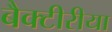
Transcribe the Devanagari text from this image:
बैक्टीरीया